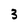
Character: 3